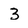
Character: 3